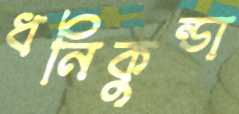
ধনিকুন্ডা